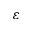
\varepsilon